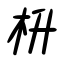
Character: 枡